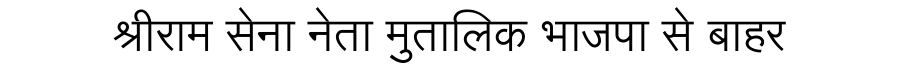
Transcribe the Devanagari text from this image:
श्रीराम सेना नेता मुतालिक भाजपा से बाहर